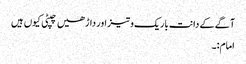
آگے کے دانت باریک و تیز اور داڑھیں چپٹی کیوں ہیں
امام:۔